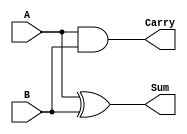
`timescale 1ns / 1ps
//////////////////////////////////////////////////////////////////////////////////
// Company: 
// Engineer: 
// 
// Design Name: 
// Module Name: half_adder
// Project Name: 
// Target Devices: 
// Tool Versions: 
// Description: 
// 
// Dependencies: 
// 
// Revision:
// Revision 0.01 - File Created
// Additional Comments:
// 
//////////////////////////////////////////////////////////////////////////////////

module half_adder(
    input A,
    input B,
    output Sum,
    output Carry
    );

    assign Sum = A ^ B;  // xor
    assign Carry = A & B; // and
    
endmodule